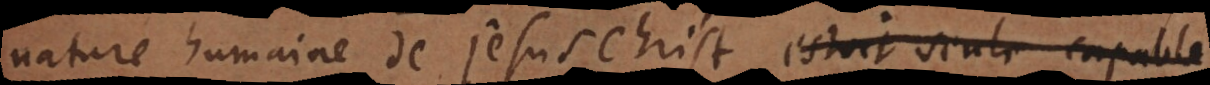
nature humaine de Jesus Christ estoit seule capable